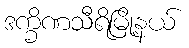
ဒက္ခိဏသီရိမြို့နယ်